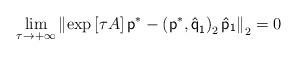
LaTeX: \begin{align*}\lim_{\tau \rightarrow +\infty }\left\Vert \exp \left[ \tau A\right] \mathsf{p}^{\ast }-\left( \mathsf{p}^{\ast }\mathsf{,\hat{q}}_{\mathsf{1}}\right)_{2}\mathsf{\hat{p}}_{\mathsf{1}}\right\Vert _{2}=0 \end{align*}